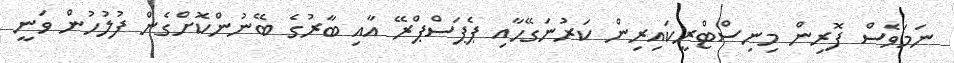
ނަމަވެސް ފޮރިން މިނިސްޓްރީކައިރިން ކަރުނަގޭހާއި ޕެޕަސްޕްރޭ އާއި ބާރުގެ ބޭނުންކޮށްގެން ފުލުހުން ވަނީ